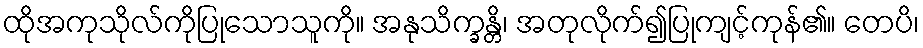
ထိုအကုသိုလ်ကိုပြုသောသူကို။ အနုသိက္ခန္တိ၊ အတုလိုက်၍ပြုကျင့်ကုန်၏။ တေပိ၊